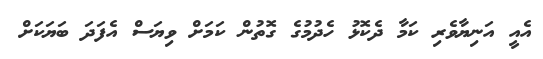
އެއީ އަނިޔާވެރި ކަމާ ދެކޮޅު ހެދުމުގެ ގޮތުން ކަމަށް ވިޔަސް އެފަދަ ބަޔަކަށް